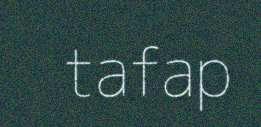
tafap